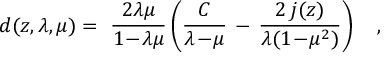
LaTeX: d ( z , \lambda , \mu ) = ~ { \frac { 2 \lambda \mu } { 1 \! - \! \lambda \mu } } \left( { \frac { C } { \lambda \! - \! \mu } } \, - \, { \frac { 2 \, j ( z ) } { \lambda ( 1 \! - \! \mu ^ { 2 } ) } } \right) ~ ~ ~ ,